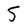
Character: 5